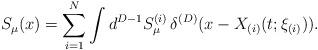
LaTeX: \begin{align*}S_{\mu}(x)= \sum_{i=1}^{N} \int d^{D-1}S_{\mu}^{(i)} \,\delta^{(D)}(x- X_{(i)}(t; \xi_{(i)})).\end{align*}